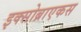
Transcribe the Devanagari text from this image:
इक्सोब्राएकस